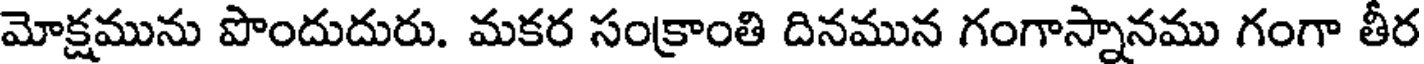
మోక్షమును పొందుదురు. మకర సంక్రాంతి దినమున గంగాస్నానము గంగా తీర